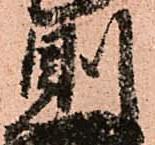
則